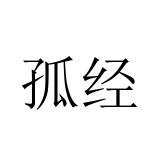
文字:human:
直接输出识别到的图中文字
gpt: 孤经